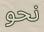
نحو